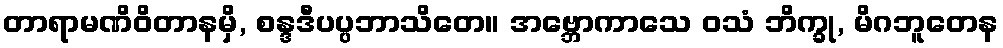
တာရာမဏိဝိတာနမှိ, စန္ဒဒီပပ္ပဘာသိတေ။ အဗ္ဘောကာသေ ဝသံ ဘိက္ခု, မိဂဘူတေန